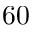
6 0